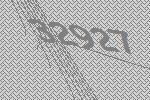
32927